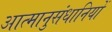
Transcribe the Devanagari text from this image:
आत्मानुसंधानियों